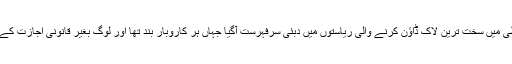
پھر اگلے 30 دنوں میں مشرقِ وسطیٰ میں سخت ترین لاک ڈاؤن کرنے والی ریاستوں میں دبئی سرِفہرست آگیا جہاں ہر کاروبار بند تھا اور لوگ بغیر قانونی اجازت کے گھروں سے نکل نہیں سکتے تھے۔